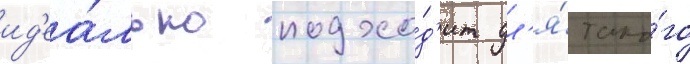
ид'еа́льно подхо́д'ит дл'я́ тако́го